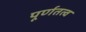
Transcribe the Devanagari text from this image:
पूर्णतत्व